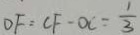
D F = C F - O C = \frac { 1 } { 3 }